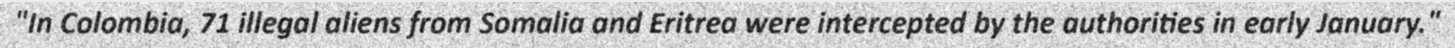
"In Colombia, 71 illegal aliens from Somalia and Eritrea were intercepted by the authorities in early January."